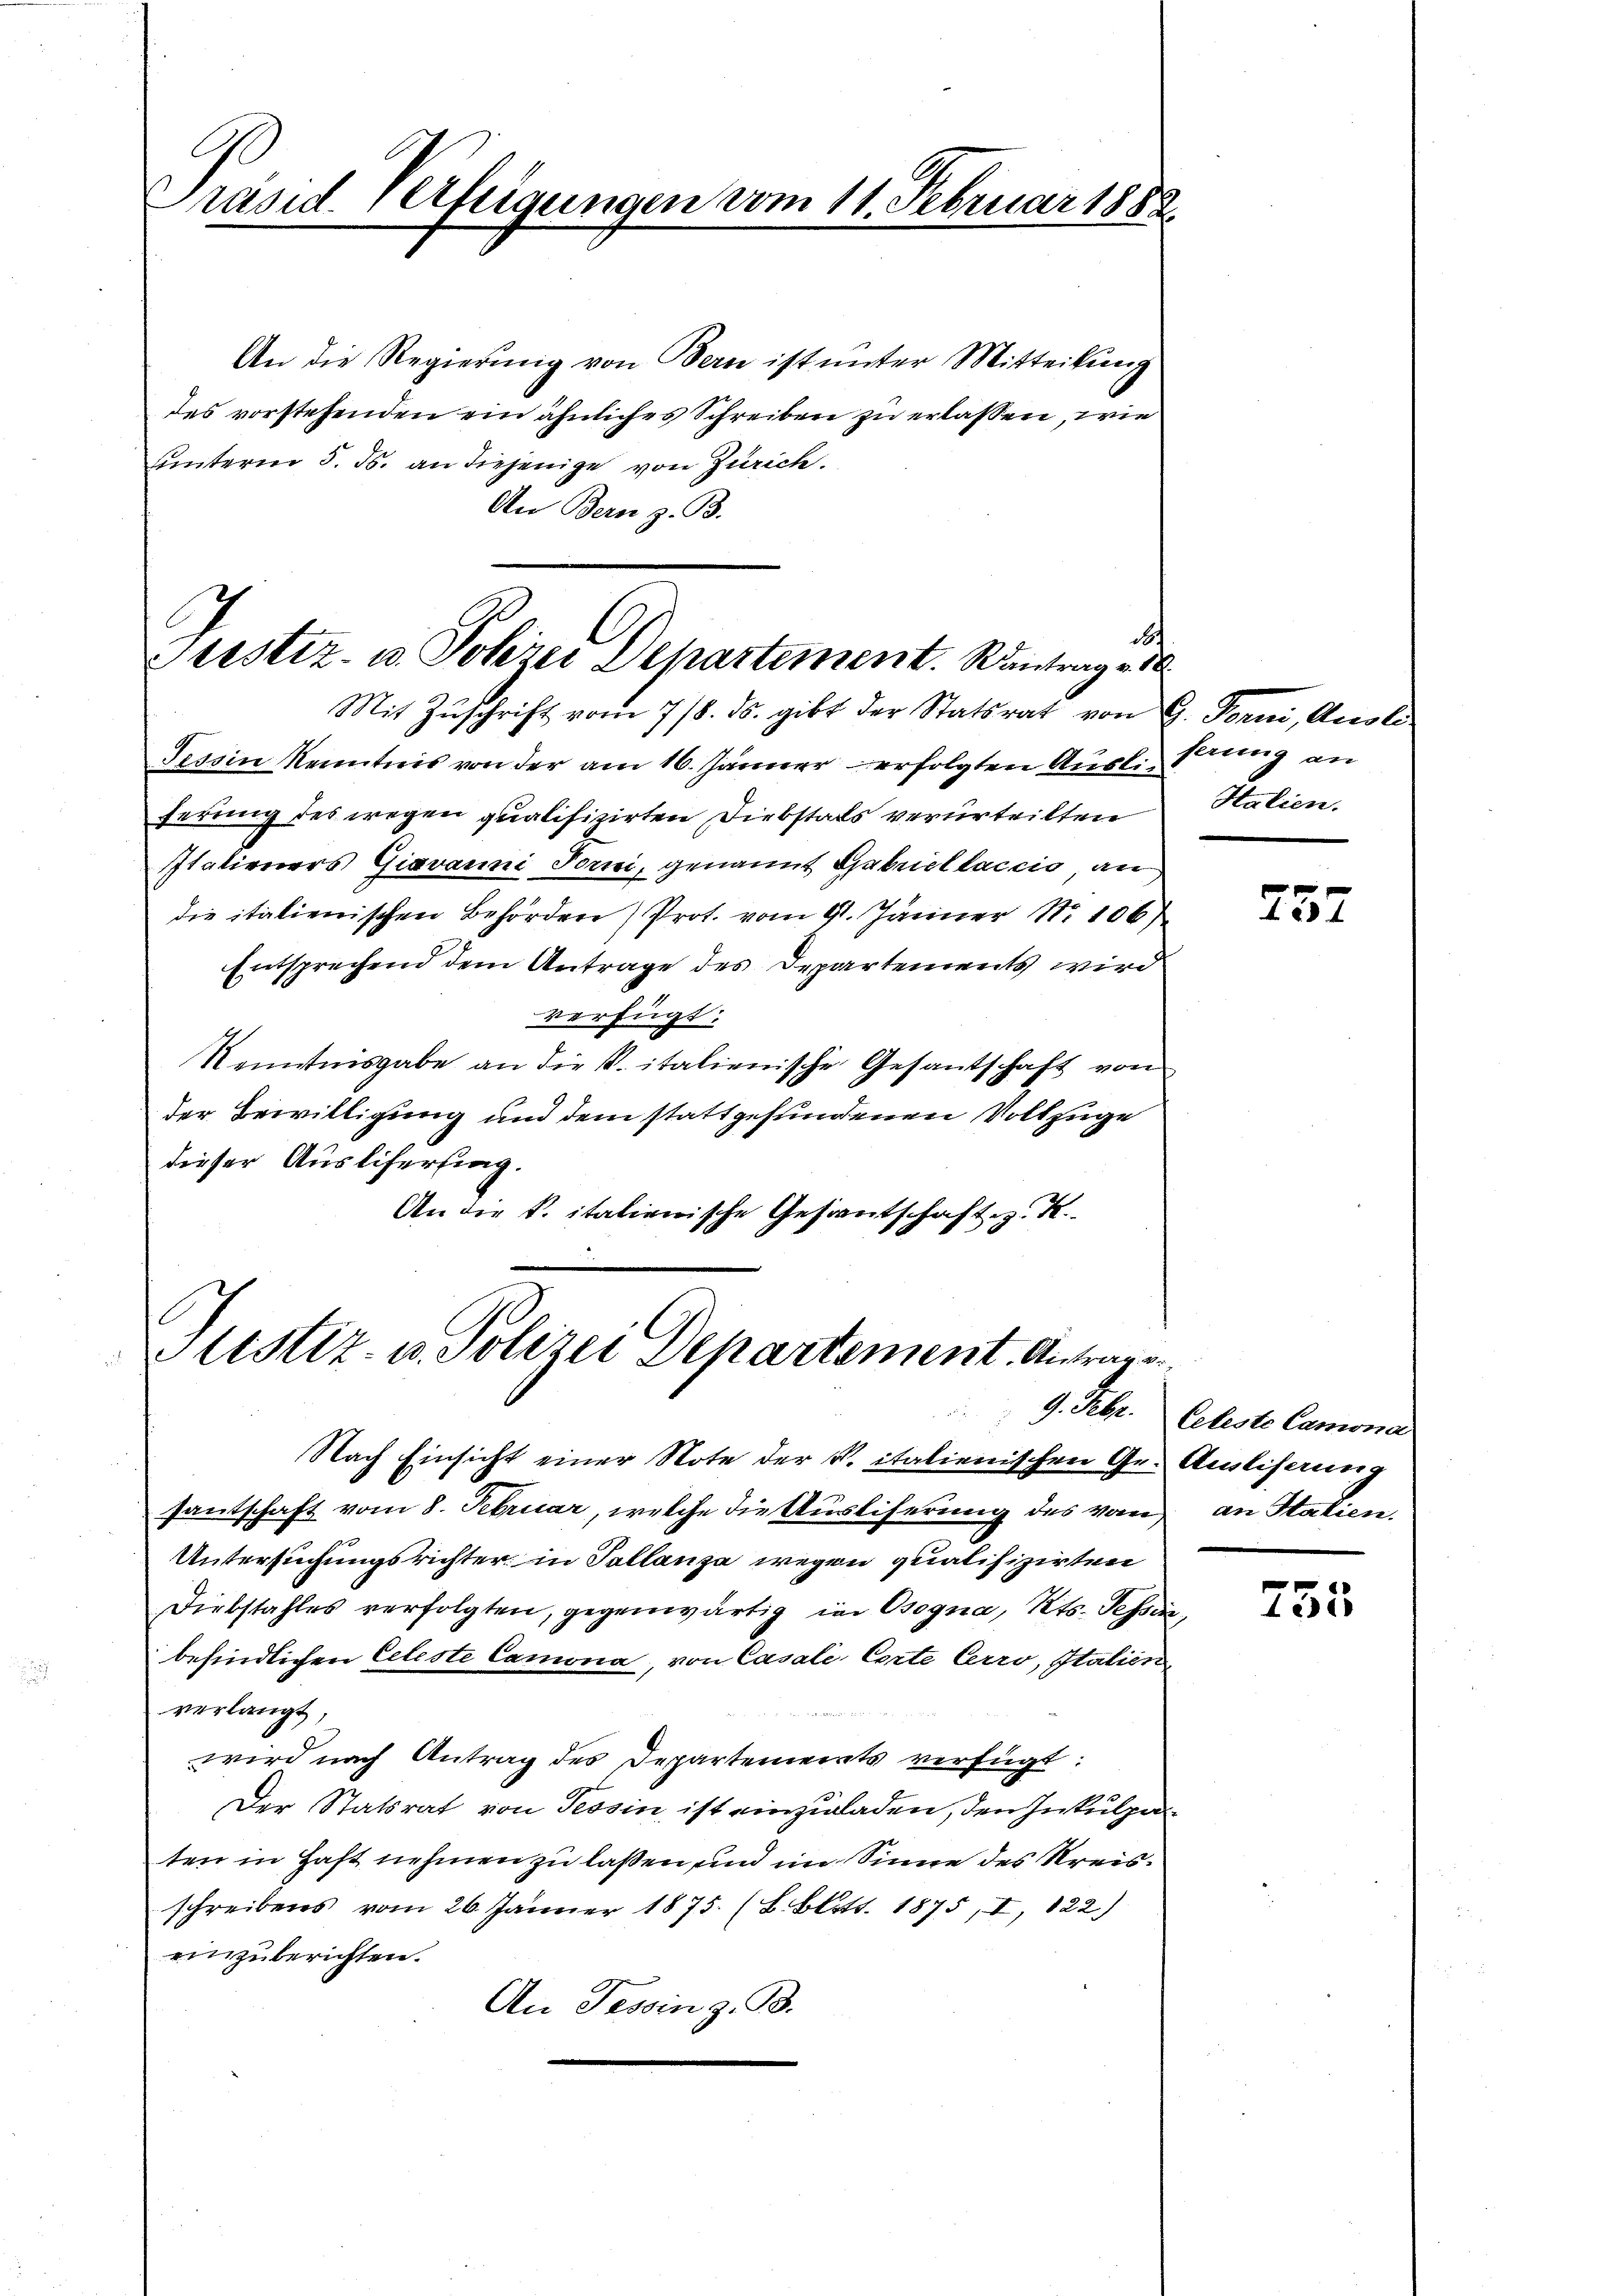
Präsid. Verfügungen vom 11. Februar 188.

An die Regierung von Bern ist unter Mitteilung
des vorstehenden ein ähnliches Schreiben zu erlassen, wie
uunterm 5. ds. an diejenige von Zürich
An Bern z. B.

Prestiz- u. Polzer Departement. Kantrag d

Mit Zŭschrift vom 7/8. ds. gibt der Statsrat von G. Forni, Ausli
Tessin Kenntnis von der am 16. Jänner erfolgten Auslieferung
ferung des wegen qualifizirten Diebstals verurteilten
Italieners Giavanni Forni, genannt Gabellaccio, an
die italienischen Behörden) Prot. vom 9. Jänner No 106)
Entsprechend dem Antrage des Departements wird
verfügt:
Kenntnisgabe an die K. italienische Gesantschaft von
der Bewilligung und dem stattgefundenen Vollzuge
dieser Auslifersing.
An die k. italienische Gesandschaft z. K.

Sistiz- u. Polizei Departement. Antrags¬

Htalien.

Nach Einsicht einer Note der v. italienischen Ge- Amliferung
santschaft vom 8. Februar, welche die Ausliserung des vom an Statien.
Untersuchungsrichter in Tallanza wegen qualifizirten
Diebstahles verfolgten, gegenwärtig in Bogna, Kts. Tessin,
befindlichen Celeste Camona, von Casale Corte Cerro, Italien
verlangt;
wird nach Antrag des Departements verfügt:
Der Statsrat von Tessin ist einzuladen, den Inkulpaten in Haft nehmen zu laßen, und im Sinne des Kreisschreibens vom 26. Jänner 1875. (S. Blitt. 1875, I, 122.)
einzuberichten.
An Tessin z. B.

28 x

9. Febr. Celesto Camona

755